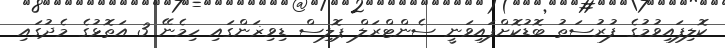
ކޮލިފައިވުމުގެ ފުރުސަތު ބޮޑުކޮށްފައިވަނީ ސެންޓްރަލް ޕޮލިސް ޑިވިޜަންގައި ހިމެނޭ 3 އަތޮޅުގެ މެދުގައި